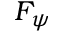
F _ { \psi }